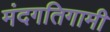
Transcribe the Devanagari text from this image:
मंदगतिगामी